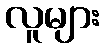
လူများ